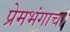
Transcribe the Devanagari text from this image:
प्रेमभंगाचा